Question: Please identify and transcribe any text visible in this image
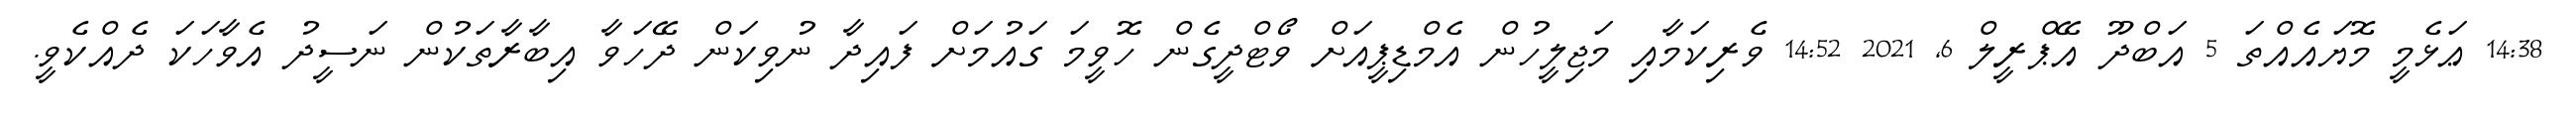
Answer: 14:38 ޢަޅެމީ މޮޔައެއްތަ 5 އަބްދޫ އޭޕްރީލް 6, 2021 14:52 ވެރިކަމާއި މަޖިލީހުން އެމްޑިޕީއަށް ވޯޓްދީގެން ހޮވީމަ ގައުމަށް ފައިދާ ނުވިކަން ދޭހަވާ އިބާރާތަކުން ނަސީދު އެވާހަކަ ދެއްކެވީ.